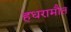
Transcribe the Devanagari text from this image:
हधरामौत